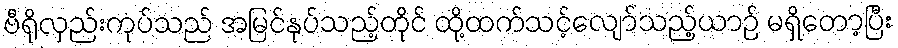
ဗီရိုလှည်းကုပ်သည် အမြင်နုပ်သည့်တိုင် ထို့ထက်သင့်လျော်သည့်ယာဉ် မရှိတော့ပြီး